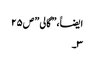
ایضاََ،” گالی ” ص۲۵
۳۔